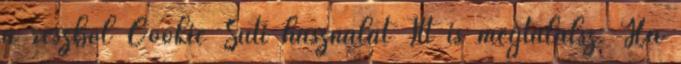
a részböl Cookie Süti használat Itt is megtalálsz: Ha